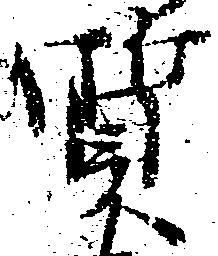
質